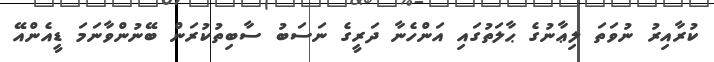
ކުރާއިރު ނުވަތަ ލިޢާނުގެ ޙާލަތުގައި އަންހެނާ ދަރީގެ ނަސަބު ސާބިތުކުރަން ބޭނުންވާނަމަ ޑީއެންއޭ